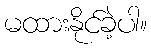
မထားနိုင်ခဲ့ပါ။